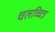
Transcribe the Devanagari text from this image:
चलच्चित्र